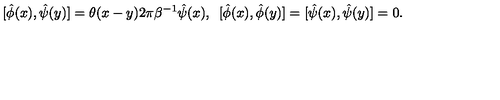
[ \hat { \phi } ( x ) , \hat { \psi } ( y ) ] = \theta ( x - y ) 2 \pi \beta ^ { - 1 } \hat { \psi } ( x ) , \enspace [ \hat { \phi } ( x ) , \hat { \phi } ( y ) ] = [ \hat { \psi } ( x ) , \hat { \psi } ( y ) ] = 0 .